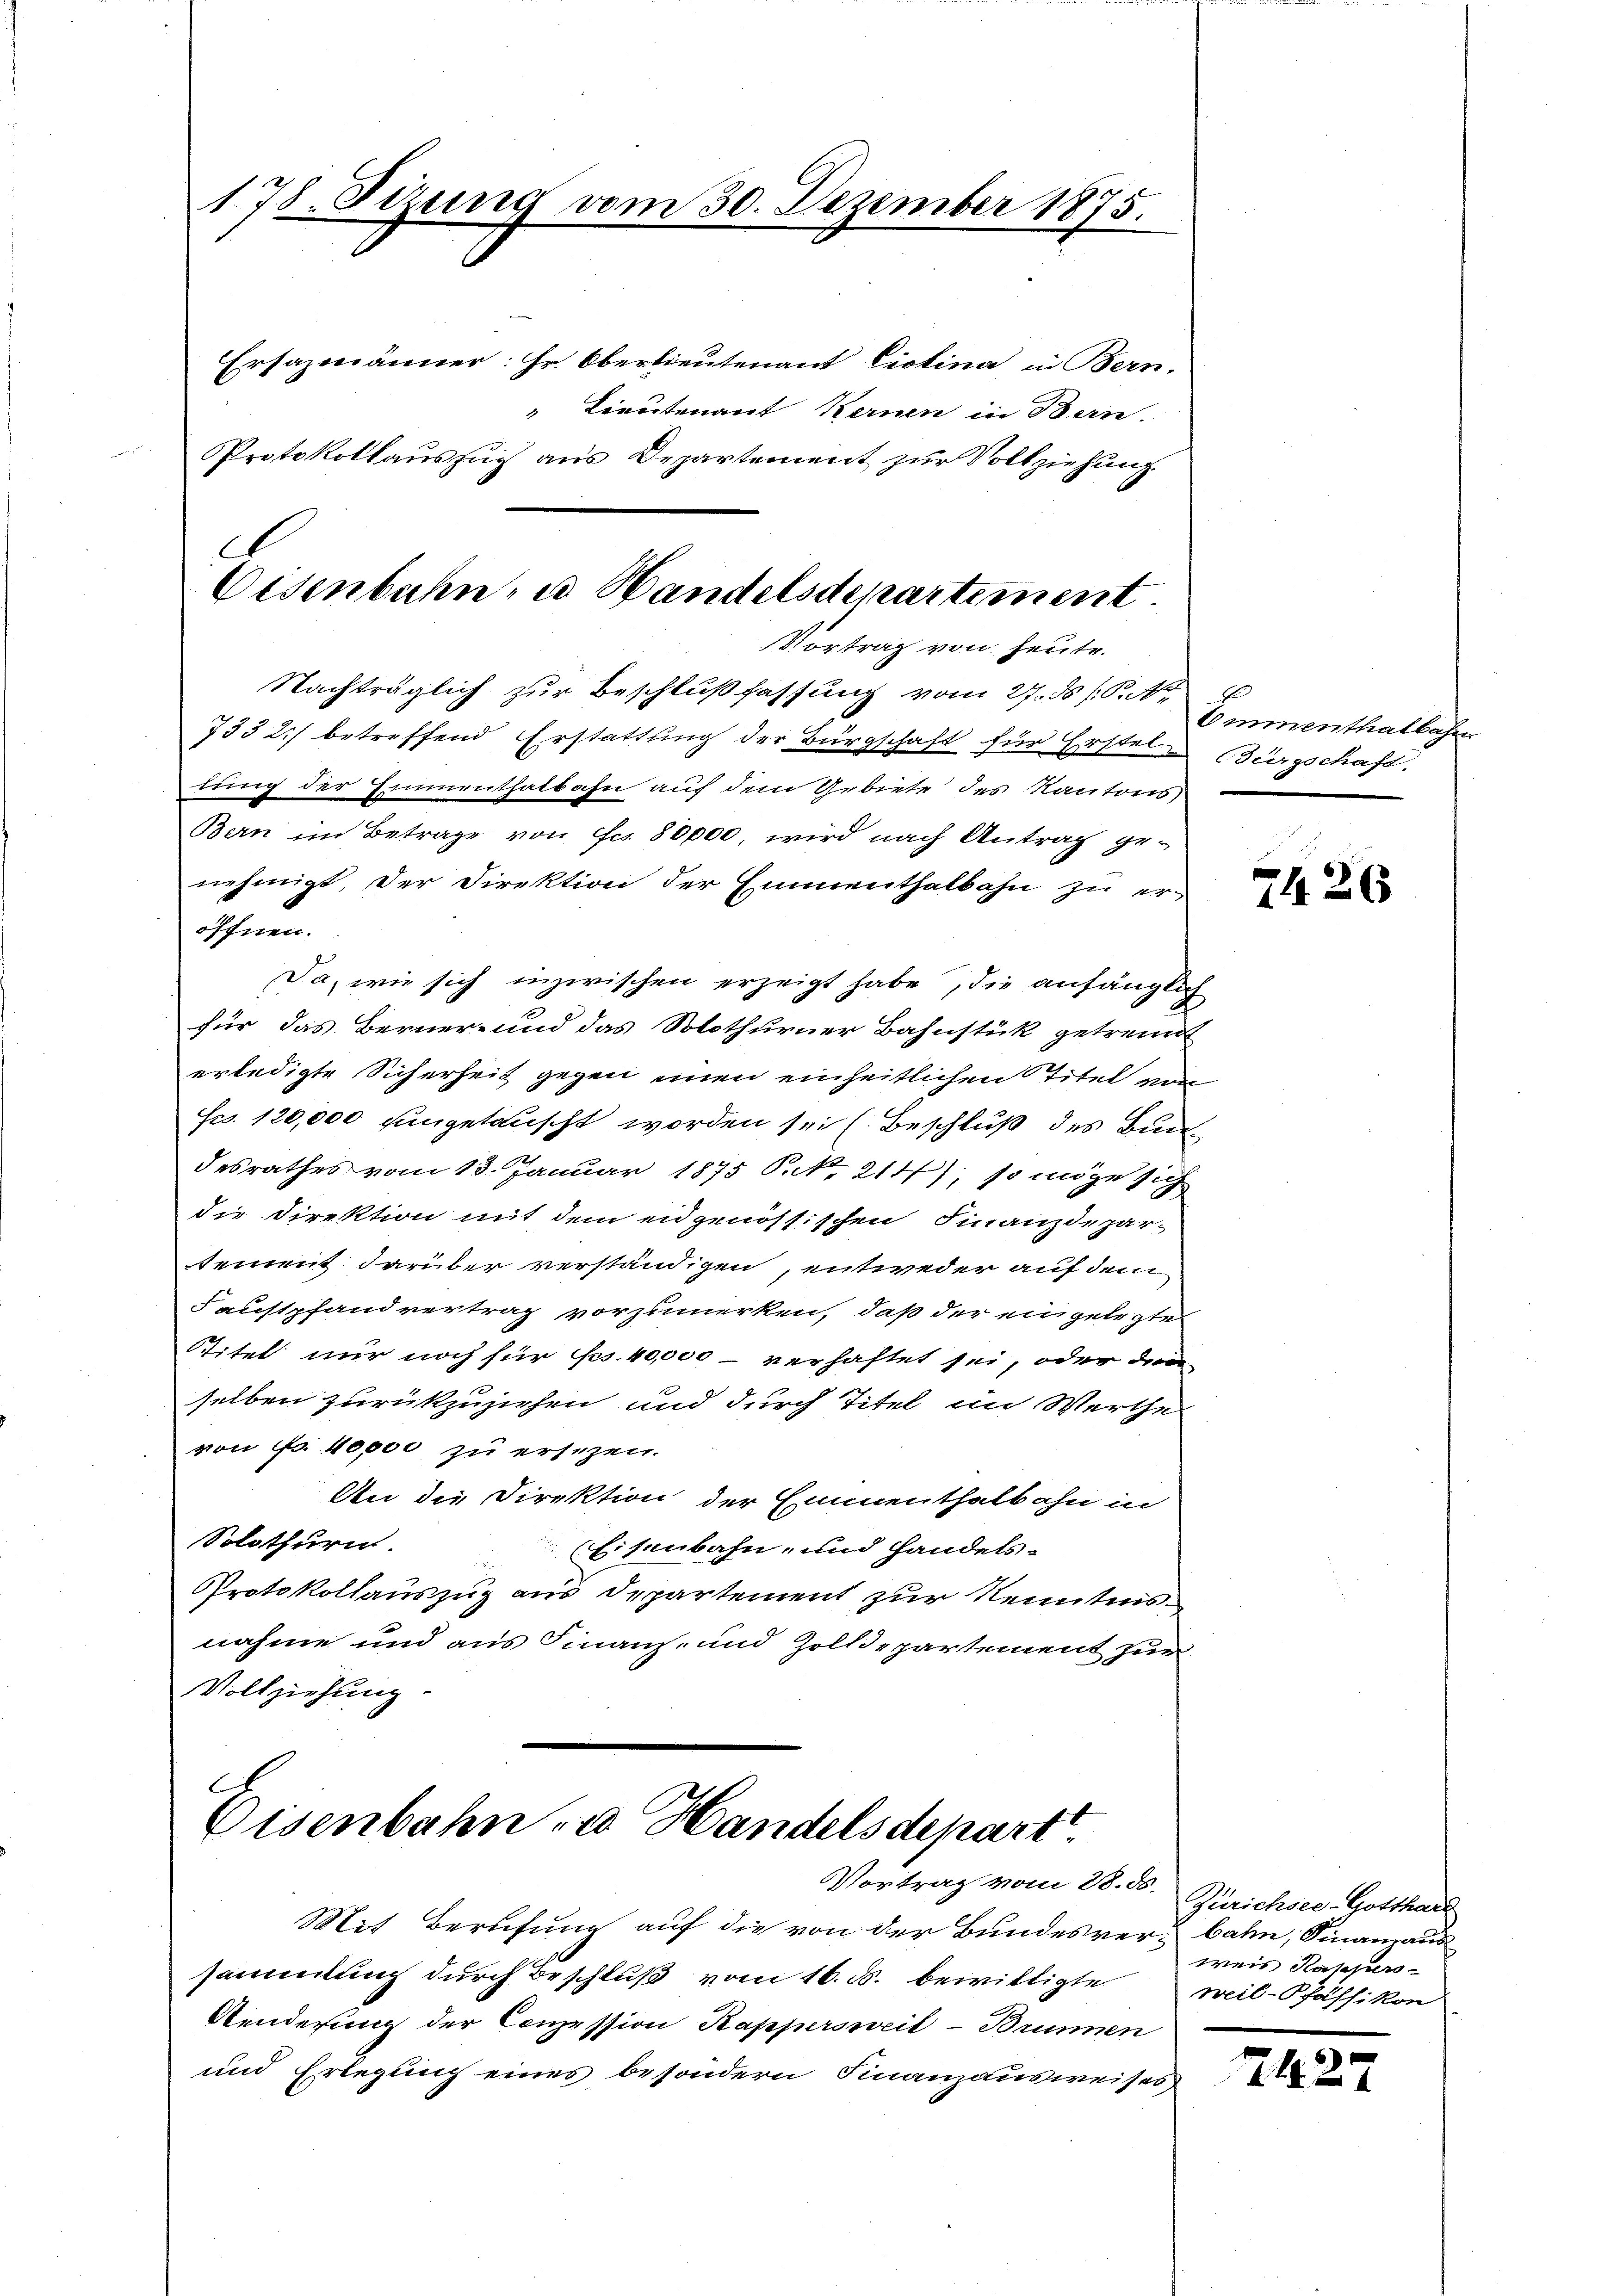
178. Sizung vom 30. Dezember 1875.
Ersazmänner: Hr. Oberlieutenant Cistina in Bern.
 Lieutenant Kernen in Bern.
Protokollauszug aus Departement zur Vollziehung.

A
Vortrag von heute.

Nachträglich zur Beschlußfassung vom 27. ds J. P. Nr.
733 2.) betreffend Erstattung der Bürgschaft für Erstel Bürgschaft,
Da, wie sich inzwischen erzeigt habe, die anfänglich
für das Berner- und das Solothurner Bahnstück getrennt
erledigte Sicherheit gegen einen einheitlichen Titel von
Fco. 120,000 eingetauscht worden sei (Beschluß des Bundesrathes vom 13. Januar 1875 S.No. 211), so möge sich
die Direktion mit dem eidgenössischen Finanzdepar-
tement darüber verständigen, entweder auf dem
Faustpfandvertrag vorzumerken, daß der eingelegte
Stitel nur noch für ses 40,000 verhaftet sei, oder den
selben zurückzuziehen und durch Titel im Werthe
von Fr. 40,000 zu ersezen.
An die Direktion der Emmenthalbahn in
Solothurn. Eisenbahn- und handels-
Protokollauszug aus Departement zur Kenntnisnahme und aus Finanz- und Zolldepartement zur
Vollziehung

Bern im Betrage von Fr. 80,000, wird nach Antrag genehmigt, der Direktion der Emmenthalbahn zu er-
öffnen.

Eisenbahn, u. Handelsdepartement.

lung der Einmenthalbahn auf dem Gebiete des Kantons

C
Eisenbahn u Handelsdepart
Vortrag vom 28. ds.

Mit Berufung auf die von der Bundesver- bahn, Finanzaus
sammlung durch Beschluß vom 16. ds. bewilligte
Kinderung der Conzession Kappersweil - Brunnen
und Erlegung eines besondern Finanzausweises

Emmenthalbahre

2426

Zürichsee-Gotthard
weis Kappers
neil-Pfäffikon

74